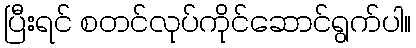
ပြီးရင် စတင်လုပ်ကိုင်ဆောင်ရွက်ပါ။